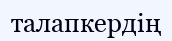
талапкердің